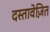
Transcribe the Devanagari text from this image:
दस्तावेज़ित